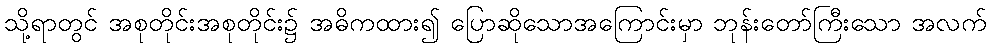
သို့ရာတွင် အစုတိုင်းအစုတိုင်း၌ အဓိကထား၍ ပြောဆိုသောအကြောင်းမှာ ဘုန်းတော်ကြီးသော အလက်